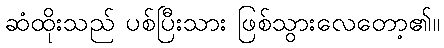
ဆံထိုးသည် ပစ်ပြီးသား ဖြစ်သွားလေတော့၏။